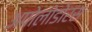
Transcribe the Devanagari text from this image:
अपोलोडोरस